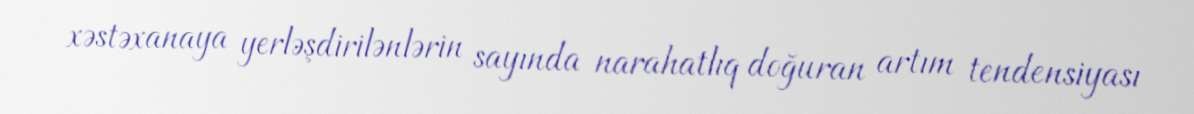
xəstəxanaya yerləşdirilənlərin sayında narahatlıq doğuran artım tendensiyası